Lunatic asylums Central Provinces reports 1910-1926 - 1910-1926
Year: 1910
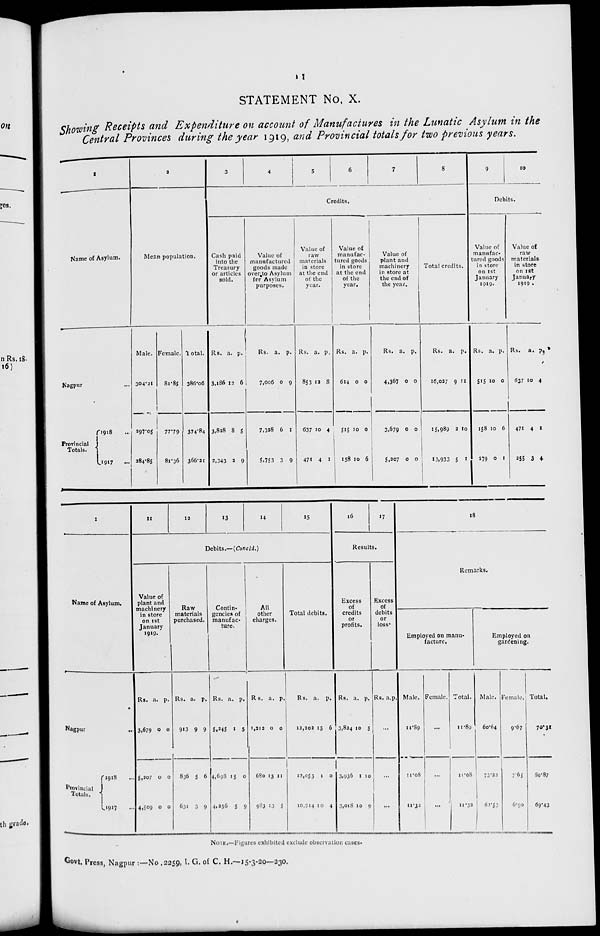
11
STATEMENT No. X.
Showing Receipts and Expenditure on account of Manufactures in the Lunatic Asylum in the
Central Provinces during the year 1919, and Provincial totals for two previous years.
1
Name of Asylum.
Nagpur
...
Provincial
Totals.
1918 ...
1917 ...
2
Mean population.
Male.
304.21
297.05
284.85
Female.
81.85
77.79
81.36
Total.
386.06
374.84
366.21
3
4
5
6
7
8
Credits.
Cash paid
into the
Treasury
or articles
sold.
Rs.
3,186
3,828
2,343
a.
12
8
2
p.
6
5
9
Value of
manufactured
goods made
over to Asylum
for Asylum
purposes.
Rs.
7,006
7,328
5,753
a.
0
6
3
p.
9
1
9
Value of
raw
materials
in store
at the end
of the
year.
Rs.
853
637
471
a.
12
10
4
p.
8
4
1
Value of
manufac-
tured goods
in store
at the end
of the
year.
Rs.
614
515
158
a.
0
10
10
p.
0
0
6
Value of
plant and
machinery
in store at
the end of
the year.
Rs.
4,367
3,679
5,207
a.
0
0
0
p.
0
0
0
Total credits.
Rs.
16,027
15,989
13,933
a.
9
2
5
p.
11
10
1
9
10
Debits.
Value of
manufac-
tured goods
in store
on 1st
January
1919.
Rs.
515
158
279
a.
10
10
0
p.
0
6
1
Value of
raw
materials
in store
on 1st
January
1919.
Rs.
637
471
255
a.
10
4
3
p.
4
1
4
1
Name of Asylum.
Nagpur
...
Provincial
Totals.
1918
...
1917 ...
11
12
13
14
15
Debits.—(Concld.)
Value of
plant and
machinery
in store
on 1st
January
1919.
Rs.
3,679
5,207
4,509
a.
0
0
0
p.
0
0
0
Raw
materials
purchased.
Rs.
913
836
631
a.
9
5
3
p.
9
6
9
Contin-
gencies of
manufac-
ture.
Rs.
5,245
4,698
4,256
a.
1
15
5
p.
5
0
9
All
other
charges.
Rs.
1,212
680
983
a.
0
13
13
p.
0
11
5
Total debits.
Rs.
12,202
12,053
10,914
a.
15
1
10
p.
6
0
4
16
17
Results.
Excess
of
credits
or
profits.
Rs.
3,824
3,936
3,018
a.
10
1
10
p.
5
10
9
Excess
of
debits
or
loss.
Rs. a. p.
...
...
...
18
Remarks.
Employed on manu-
facture.
Male.
11.89
11.08
11.32
Female.
...
...
...
Total.
11.89
11.08
11.32
Employed on
gardening.
Male.
60.64
73.22
62.52
Female.
9.67
7.65
6.90
Total.
70.31
80.87
69.43
NOTE.—Figures exhibited exclude observation cases.
Govt. Press, Nagpur :—No.2259, I. G. of C. H.—15-3-20—230.